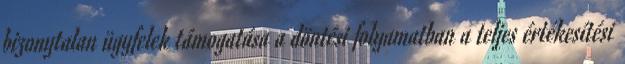
bizonytalan ügyfelek támogatása a döntési folyamatban a teljes értékesítési